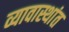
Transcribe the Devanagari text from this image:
व्यावास्थांत